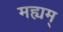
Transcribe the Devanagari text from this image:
मह्यम्